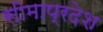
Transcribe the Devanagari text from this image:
सीमाप्रदेश